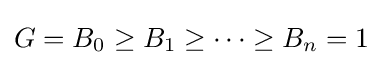
G=B_{0}\geq B_{1}\geq \cdots \geq B_{n}=1